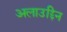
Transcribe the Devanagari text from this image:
अलाउद्दिन